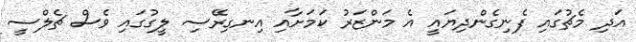
އަދި މެޗުގައި ފެނިގެންދިޔައީ އެ މަންޒަރު ކަމަށާއި އިނގިރޭސި ލީގުގައި ވެސް ޗެލްސީ